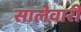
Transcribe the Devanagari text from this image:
सालेवारी